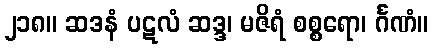
၂၁၈။ ဆဒနံ ပဋလံ ဆဒ္ဒ၊ မဇိရံ စစ္စရော၊ င်္ဂဏံ။